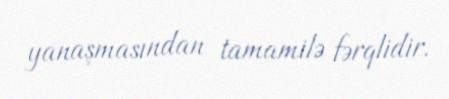
yanaşmasından tamamilə fərqlidir.